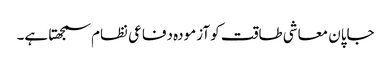
جاپان معاشی طاقت کو آزمودہ دفاعی نظام سمجھتا ہے۔